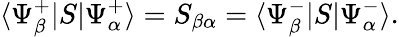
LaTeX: \langle\Psi_{\beta}^{+}|S|\Psi_{\alpha}^{+}\rangle=S_{\beta\alpha}=\langle\Psi_{\beta}^{-}|S|\Psi_{\alpha}^{-}\rangle.